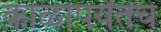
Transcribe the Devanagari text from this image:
काळापर्यंतचे